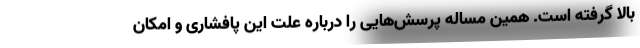
بالا گرفته است. همین مساله پرسش‌هایی را درباره علت این پافشاری و امکان